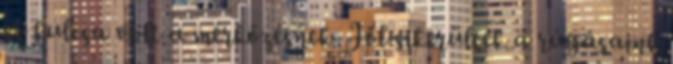
ez kulcsa volt a mérkőzésnek. Jól sikerültek a rúgásaink